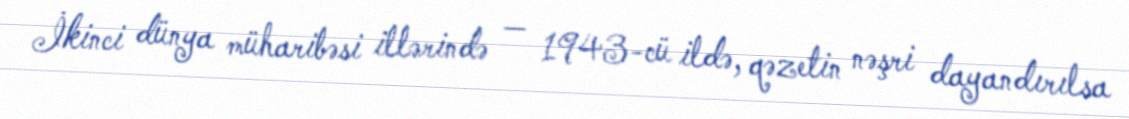
İkinci dünya müharibəsi illərində — 1943-cü ildə, qəzetin nəşri dayandırılsa